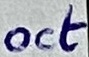
Text: oct